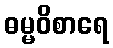
ဓမ္မဝိစာရေ